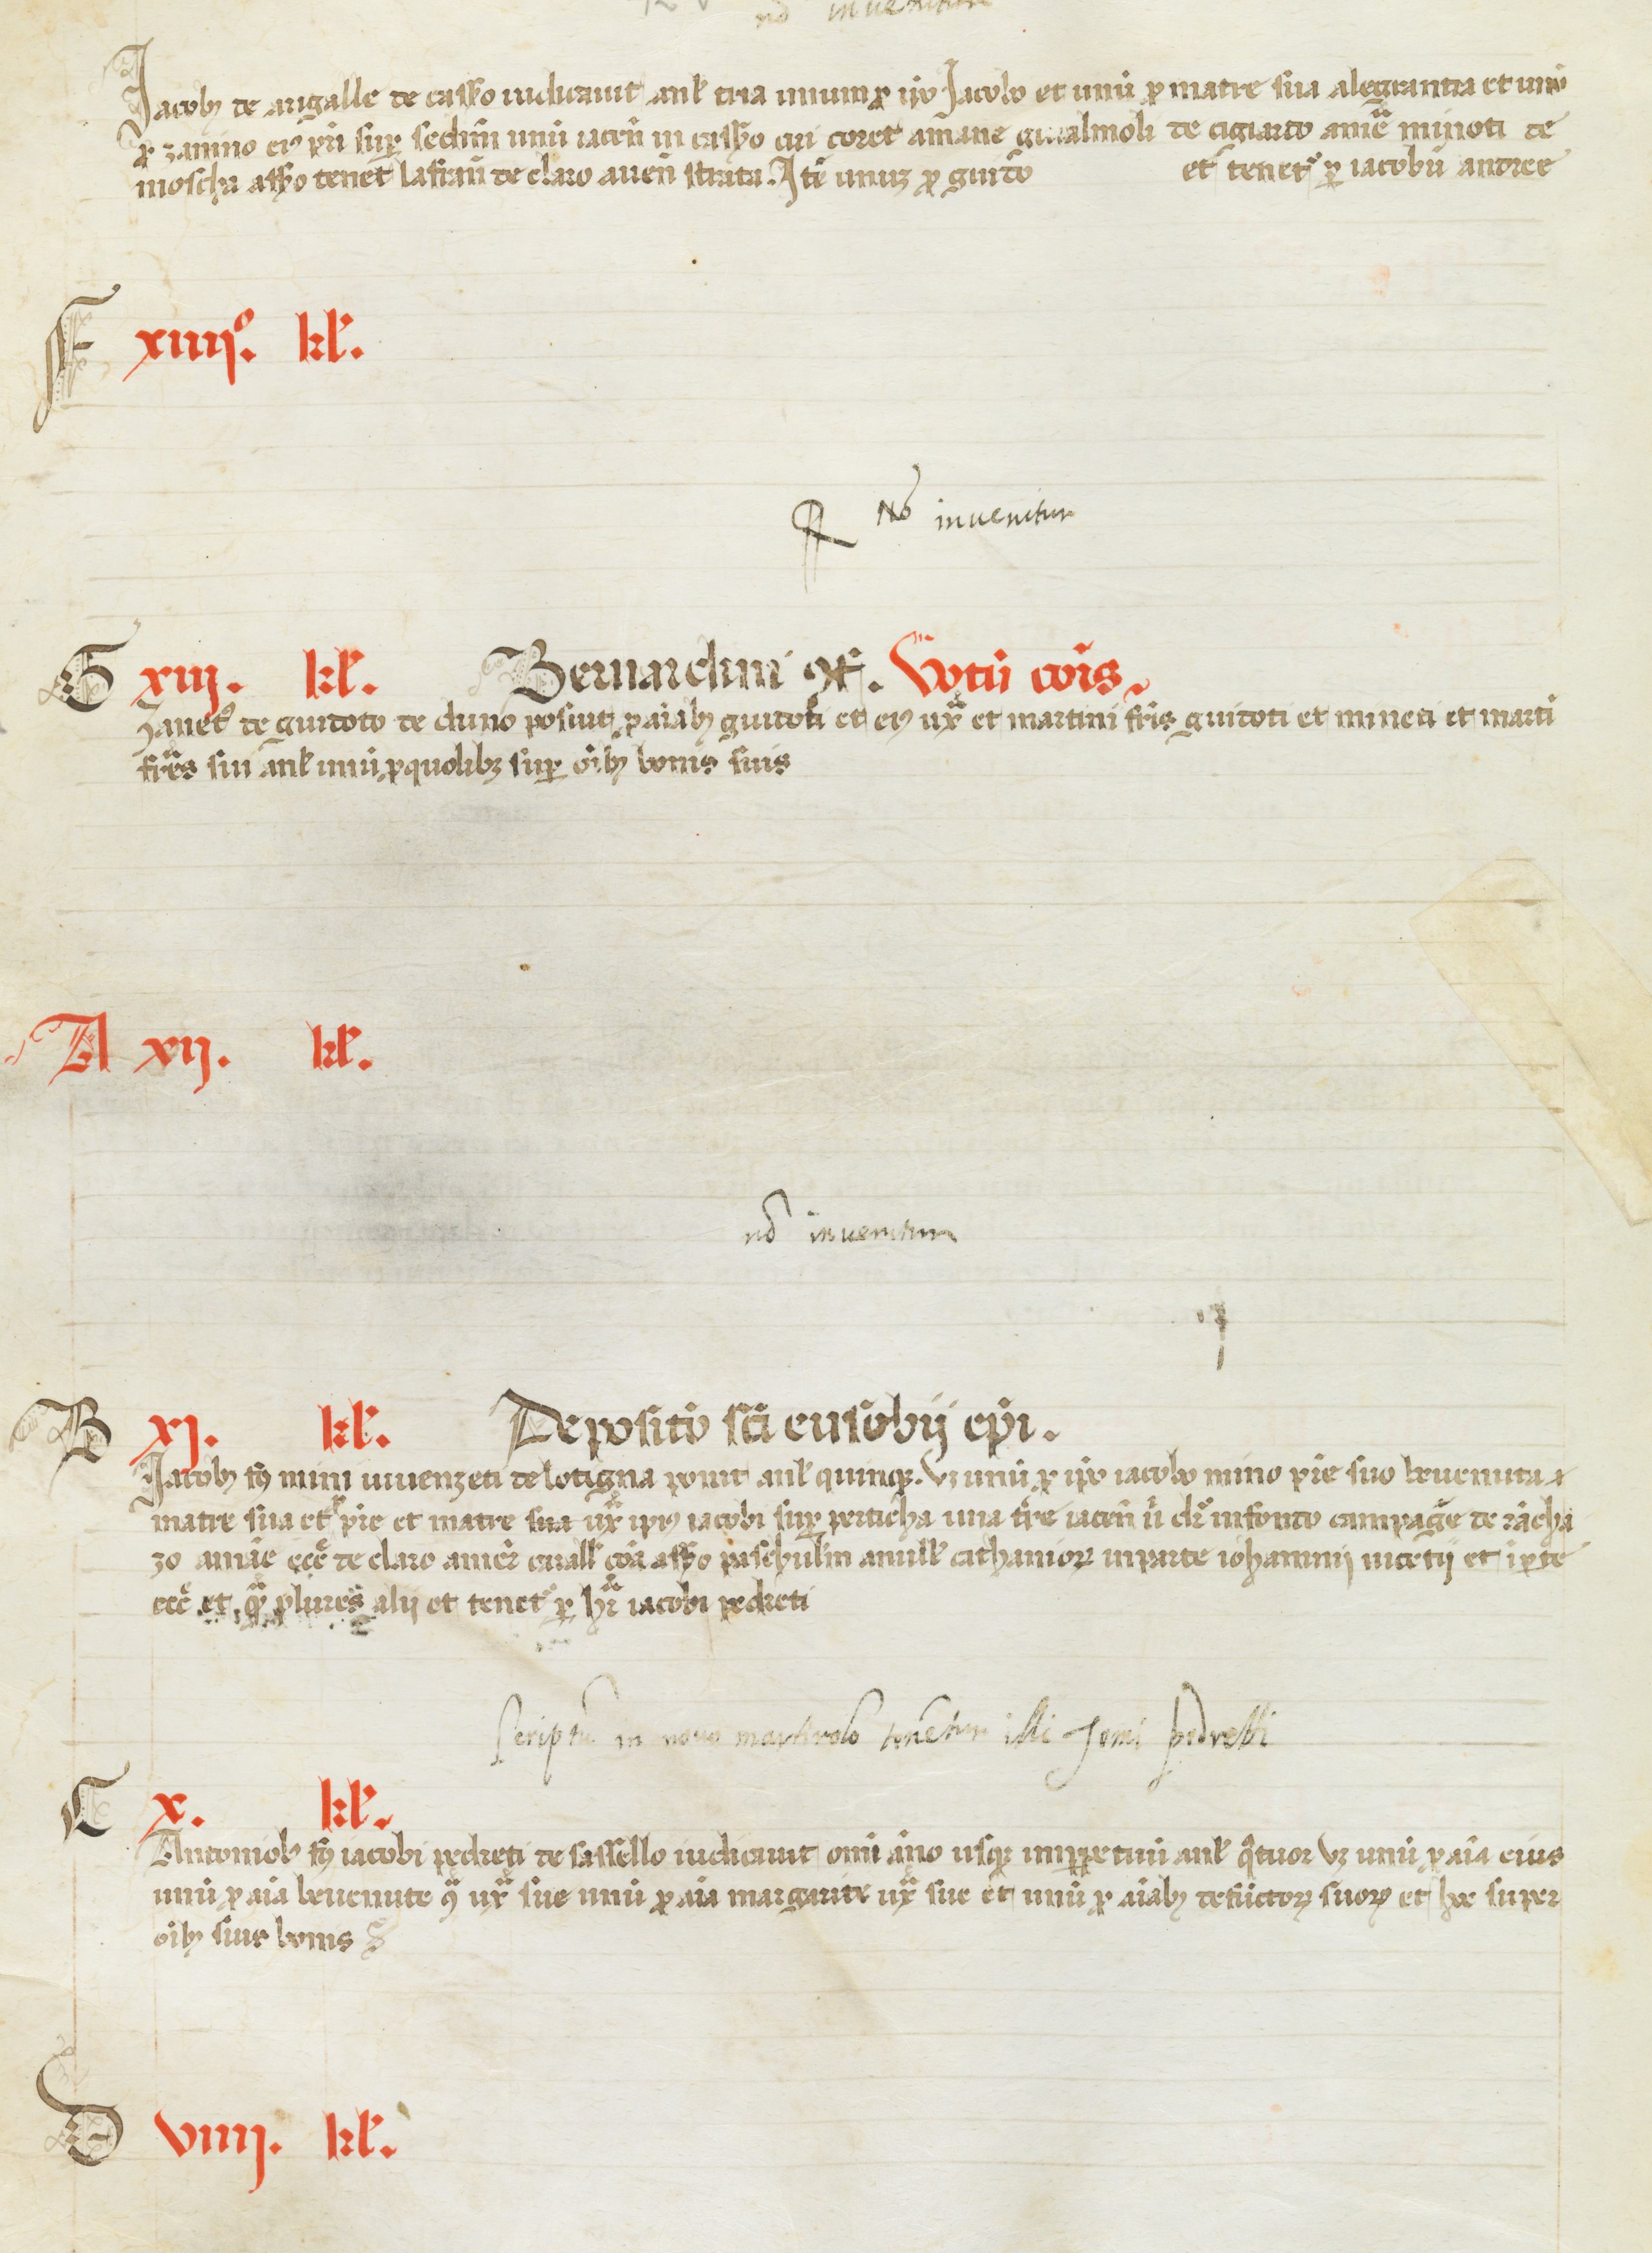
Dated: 1450–1499